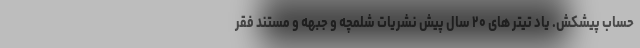
حساب پیشکش. یاد تیتر های ۲۰ سال پیش نشریات شلمچه و جبهه و مستند فقر